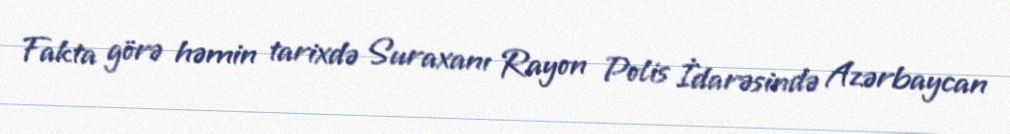
Fakta görə həmin tarixdə Suraxanı Rayon Polis İdarəsində Azərbaycan